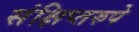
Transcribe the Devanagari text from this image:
संक्षिप्तरुपे